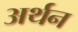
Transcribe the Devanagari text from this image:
अर्थन